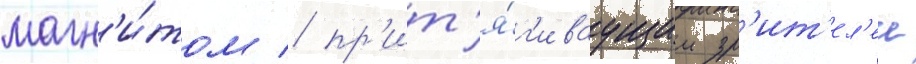
магн'и́том / пр'ит'я́г'иваущим зр'ит'ел'еи